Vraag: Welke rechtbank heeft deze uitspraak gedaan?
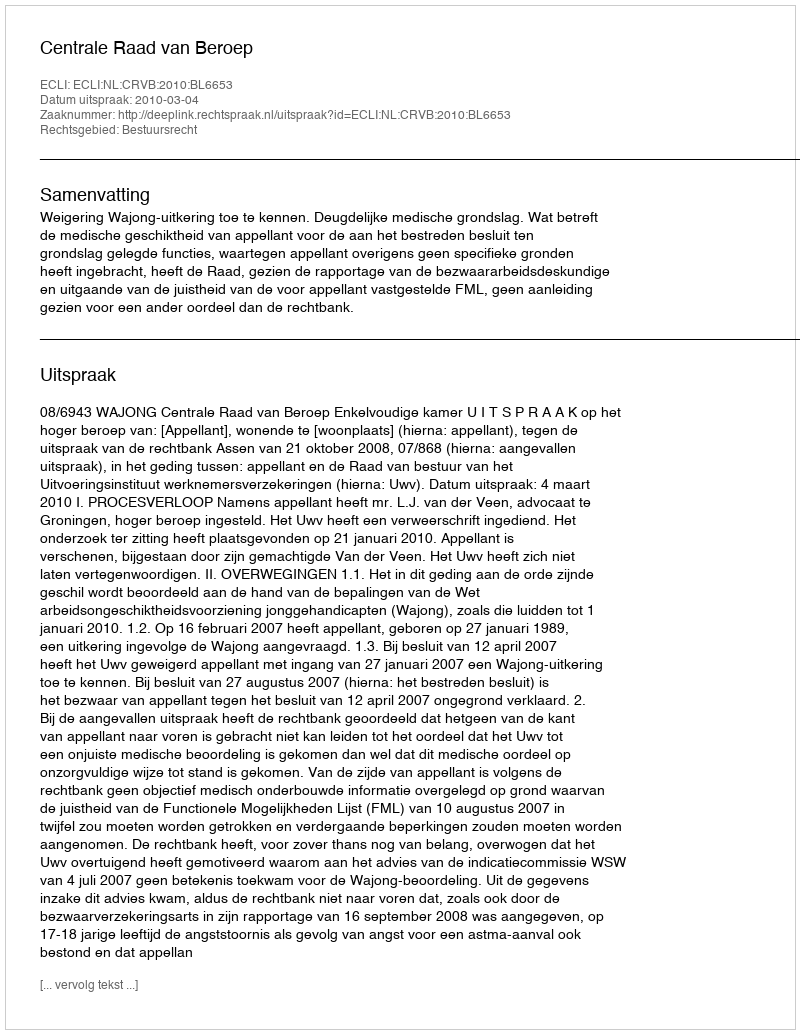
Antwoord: Centrale Raad van Beroep